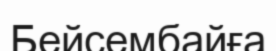
Бейсембайға